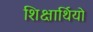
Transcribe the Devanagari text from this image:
शिक्षार्थियो